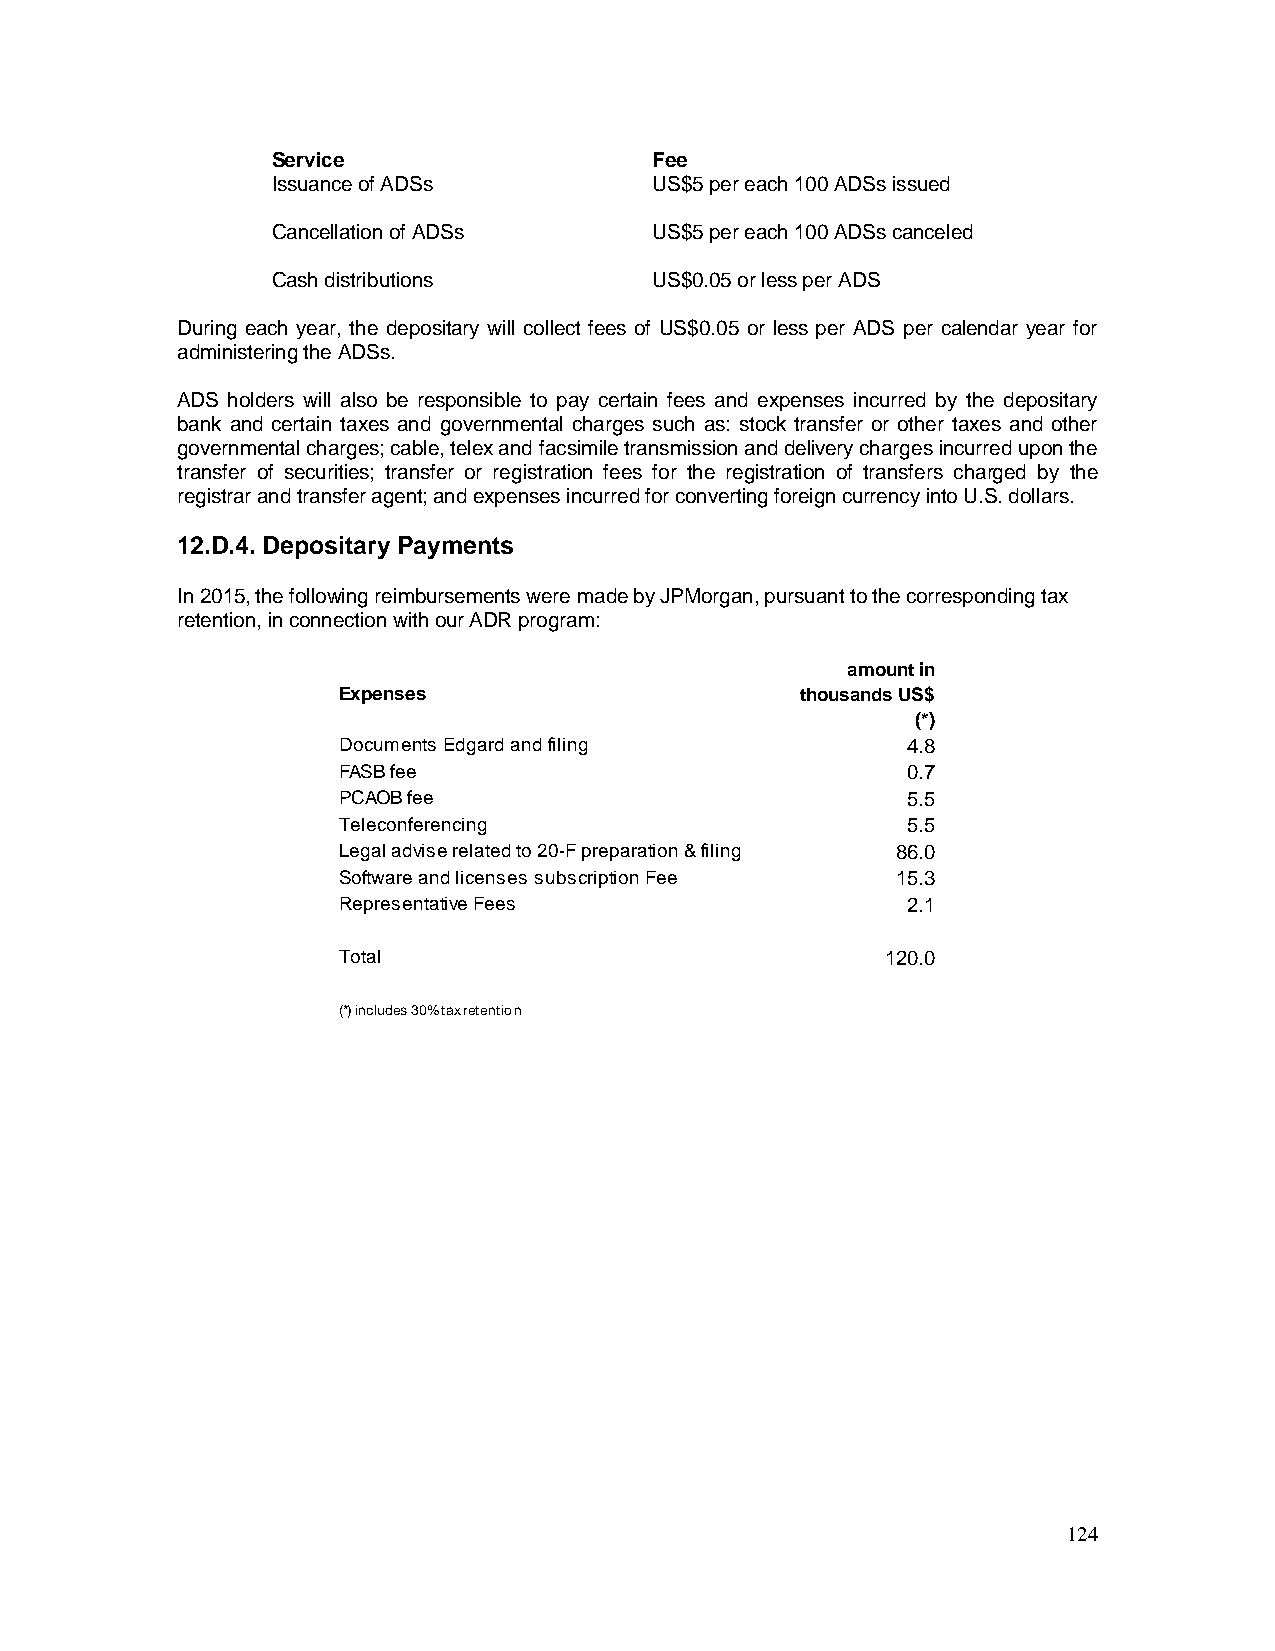
Service                  Fee
 Issuance of ADSs         US$5 per each 100 ADSs issued
 Cancellation of ADSs     US$5 per each 100 ADSs canceled
 Cash distributions       US$0.05 or less per ADS
 During each year, the depositary will collect fees of US$0.05 or less per ADS per calendar year for
 administering the ADSs.
 ADS holders will also be responsible to pay certain fees and expenses incurred by the depositary
 bank and certain taxes and governmental charges such as: stock transfer or other taxes and other
 governmental charges; cable, telex and facsimile transmission and delivery charges incurred upon the
 transfer of securities; transfer or registration fees for the registration of transfers charged by the
 registrar and transfer agent; and expenses incurred for converting foreign currency into U.S. dollars.
 12.D.4. Depositary Payments
 In 2015, the following reimbursements were made by JPMorgan, pursuant to the corresponding tax
 retention, in connection with our ADR program:
 amount in
 Expenses                       thousands US$
 (*)
 Documents Edgard and filing           4.8
 FASB fee                              0.7
 PCAOB fee                             5.5
 Teleconferencing                      5.5
 Legal advise related to 20-F preparation & filing 86.0
 Software and licenses subscription Fee 15.3
 Representative Fees                   2.1
 Total                                120.0
 (*) includes 30% tax retention
 124